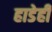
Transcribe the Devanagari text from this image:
हाडेही